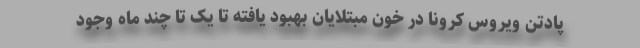
پادتن ویروس کرونا در خون مبتلایان بهبود یافته تا یک تا چند ماه وجود